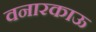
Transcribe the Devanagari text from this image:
वनारकाऊ